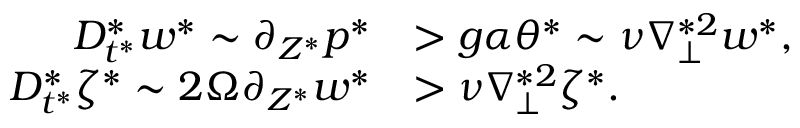
\begin{array} { r l } { D _ { t ^ { * } } ^ { * } w ^ { * } \sim \partial _ { Z ^ { * } } p ^ { * } } & { > g \alpha \theta ^ { * } \sim \nu \nabla _ { \perp } ^ { * 2 } w ^ { * } , } \\ { D _ { t ^ { * } } ^ { * } \zeta ^ { * } \sim 2 \Omega \partial _ { Z ^ { * } } w ^ { * } } & { > \nu \nabla _ { \perp } ^ { * 2 } \zeta ^ { * } . } \end{array}